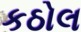
કઠોલ